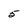
Character: 5